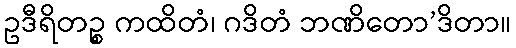
ဥဒီရိတဉ္စ ကထိတံ၊ ဂဒိတံ ဘဏိတော’ဒိတာ။